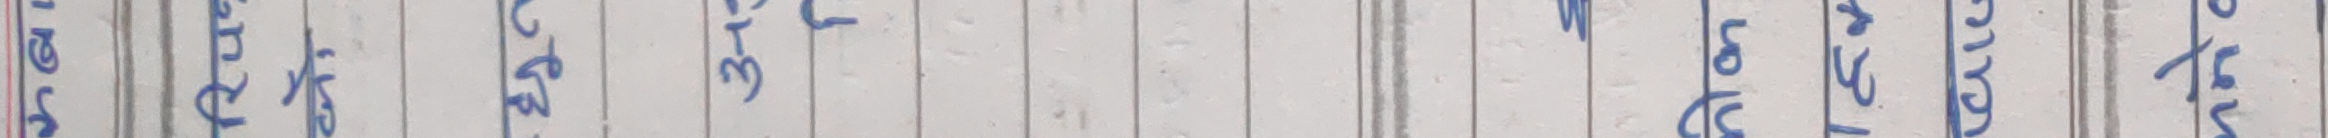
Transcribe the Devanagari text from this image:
प्रसन्न अभिवादन 3- ल नमस्ते शुभदिन धन्यवाद स्वागत